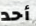
أحد